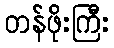
တန်ဖိုးကြီး